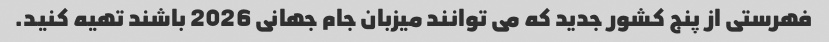
فهرستی از پنج کشور جدید که می توانند میزبان جام جهانی 2026 باشند تهیه کنید.